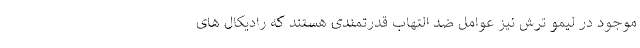
موجود در لیمو ترش نیز عوامل ضد التهاب قدرتمندی هستند که رادیکال های